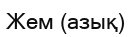
Жем (азық)